Report on sanitation, dispensaries, and jails in Rajputana for 1921, and on vaccination for the year 1921-1922 - 1921-1922
Year: 1921
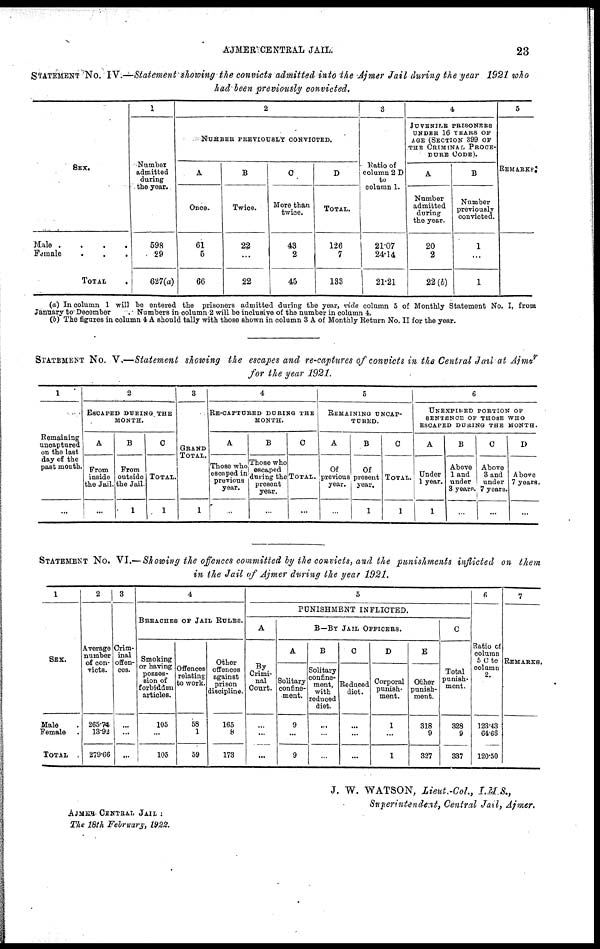
AJMER CENTRAL JAIL.
23
STATEMENT No. IV.—Statement showing the convicts admitted into the Ajmer Jail during the year 1921 who
had been previously convicted.
SEX.
Male .
.
.
.
Female
.
.
.
TOTAL .
1
Number
admitted
during
the year.
598
29
627(a)
2
NUMBER PREVIOUSLY CONVICTED.
A
Once.
61
5
66
B
Twice.
22
...
22
C
More than
twice.
43
2
45
D
TOTAL.
126
7
133
3
Ratio of
column 2 D
to
column 1.
21.07
24.14
21.21
4
JUVENILE PRISONERS
UNDER 16 YEARS OF
AGE (SECTION 399 OF
THE CRIMINAL PROCE-
DURE CODE).
A
Number
admitted
during
the year.
20
2
22(b)
B
Number
previously
convicted.
1
...
1
5
REMARKS
(a) In column 1 will be entered the prisoners admitted during the year, vide column 5 of Monthly Statement No. I, from
January to December. Numbers in column 2 will be inclusive of the number in column 4.
(b) The figures in column 4 A should tally with those shown in column 3 A of Monthly Return No. II for the year.
STATEMENT No. V.—Statement showing the escapes and re-captures of convicts in the Central Jail at Ajmer
for the year 1921.
1
Remaining
uncaptured
on the last
day of the
past month.
...
2
ESCAPED DURING THE
MONTH.
a
From
inside
the Jail.
...
B
From
outside
the Jail.
1
C
TOTAL.
1
3
GRAND
TOTAL.
1
4
RE-CAPTURED DURING THE
MONTH.
A
Those who
escaped in
previous
year.
...
B
Those who
escaped
during the
present
year.
...
C
TOTAL.
...
5
REMAINING UNCAP¬
TURED.
A
Of
previous
year.
...
B
Of
present
year.
1
C
TOTAL.
1
6
UNEXPIRED PORTION OF
SENTENCE OF THOSE WHO
ESCAPED DURING THE MONTH.
A
Under
1 year.
1
B
Above
1 and
under
3 years.
...
C
Above
3 and
under
7 years.
...
D
Above
7 years.
...
STATEMENT No. VI.—Showing the offences committed by the convicts, and the punishments inflicted on them
in the Jail of Ajmer during the year 1921.
1
SEX.
Male.
Female.
TOTAL.
2
Average
number
of con-
victs.
265.74
13.92
279.66
3
Crim-
inal
offen-
ces.
...
...
...
4
BREACHES OF JAIL RULES.
Smoking
or having
posses-
sion of
forbidden
articles.
105
...
105
Offences
relating
to work.
58
1
59
Other
offences
against
prison
discipline.
165
8
173
5
PUNISHMENT INFLICTED.
A
Crimi-
nal
Court.
...
...
...
B—BY JAIL OFFICERS.
A
Solitary
confine-
ment.
9
...
9
B
Solitary
confine-
ment,
with
reduced
diet.
...
...
...
C
Reduced
diet.
...
...
...
D
Corporal
punish-
ment.
1
...
1
E
Other
punish-
ment.
318
9
327
C
Total
punish-
ment.
328
9
337
6
Ratio of
column
5 C to
column
2.
123.43
64.66
120.50
7
REMARKS.
J. W. WATSON, Lieut.-Col.,
I.M.S.,
Superintendent, Central Jail, Ajmer.
AJMER CENTRAL JAIL :
The 18th February, 1922.